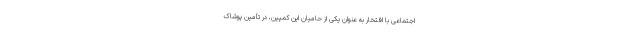
اجتماعی‌ با افتخار به عنوان یکی از حامیان این کمپین، در تأمین پوشاک